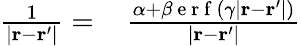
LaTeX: \begin{array}{rl}{\frac{1}{|\mathbf{r}-\mathbf{r}^{\prime}|}=\, }&{{}\frac{\alpha+\beta\mathrm{~e~r~f~}(\gamma|\mathbf{r}-\mathbf{r}^{\prime}|)}{|\mathbf{r}-\mathbf{r}^{\prime}|}}\end{array}